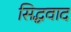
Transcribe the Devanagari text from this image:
सिद्धवाद